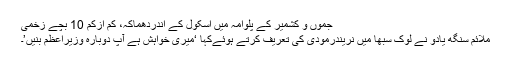
جموں و کشمیر کے پلوامہ میں اسکول کے اندردھماکہ، کم ازکم 10 بچے زخمی
ملائم سنگھ یادو نے لوک سبھا میں نریندرمودی کی تعریف کرتے ہوئےکہا ‘میری خواہش ہے آپ دوبارہ وزیراعظم بنیں’۔